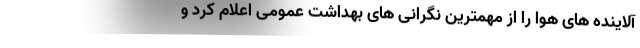
آلاینده های هوا را از مهمترین نگرانی های بهداشت عمومی اعلام کرد و